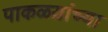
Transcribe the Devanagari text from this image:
पाकळय़ांच्या